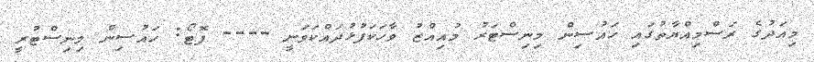
މިއަދުގެ ރަސްމިއްޔާތުގައި ހައުސިން މިނިސްޓަރު މުއިއްޒު ވާހަކަފުޅުދައްކަވަނީ ---- ފޮޓޯ: ހައުސިން މިނިސްޓުރީ